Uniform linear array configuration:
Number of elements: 64
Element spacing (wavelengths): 0.25
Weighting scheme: exponential
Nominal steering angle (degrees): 45
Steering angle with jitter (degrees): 43.941
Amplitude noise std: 0.05
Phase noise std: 0.05

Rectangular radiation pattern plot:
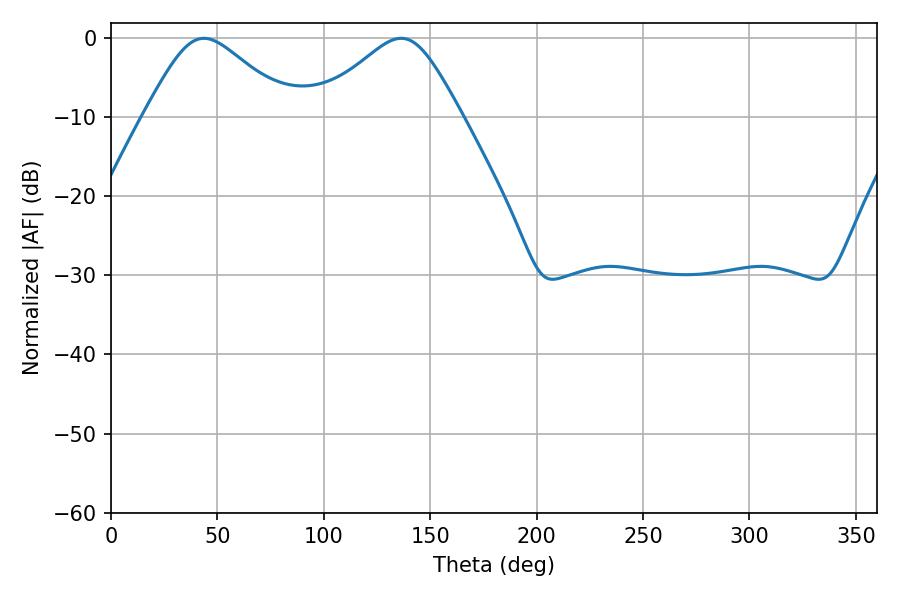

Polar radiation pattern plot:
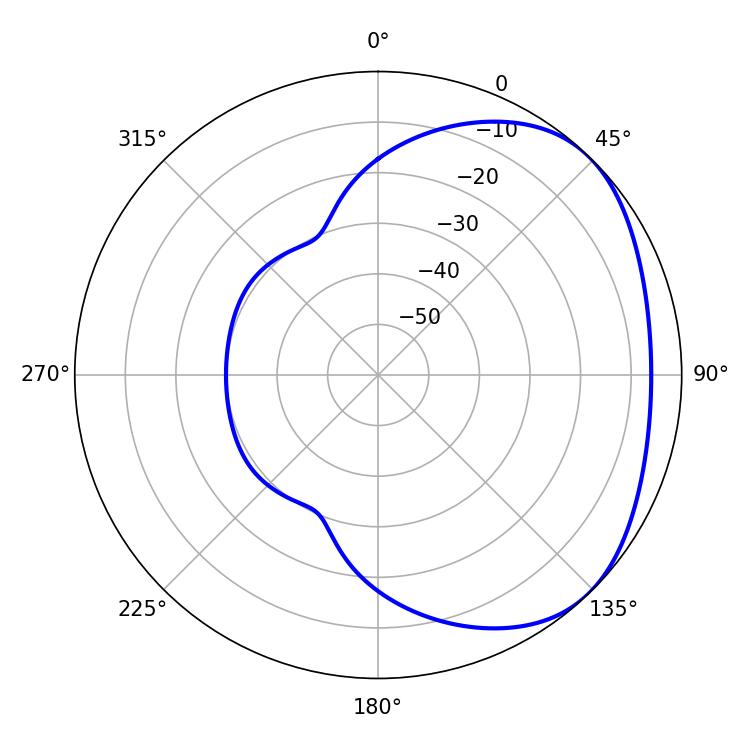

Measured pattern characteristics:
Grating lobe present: FALSE
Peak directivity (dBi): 2.987
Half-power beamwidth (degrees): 33.48
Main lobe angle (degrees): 43.74